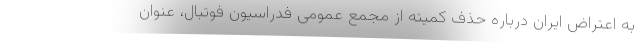
به اعتراض ایران درباره حذف کمیته از مجمع عمومی فدراسیون فوتبال، عنوان